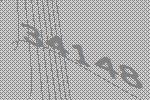
34148